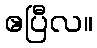
ဧပြီလ။